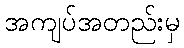
အကျပ်အတည်းမှ